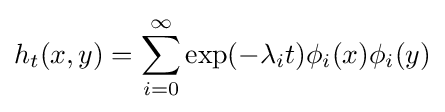
h_{t}(x,y)=\sum _{i=0}^{\infty }\exp(-\lambda _{i}t)\phi _{i}(x)\phi _{i}(y)